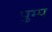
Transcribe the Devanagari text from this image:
पुम्प